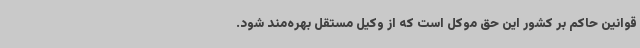
قوانین حاکم بر کشور این حق موکل است که از وکیل مستقل بهره‌مند شود.